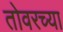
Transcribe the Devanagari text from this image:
तोवरच्या